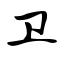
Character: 卫